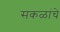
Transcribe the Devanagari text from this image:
सकळांचे